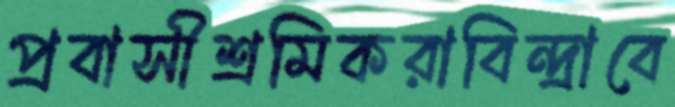
প্রবাসীশ্রমিকরাবিন্দ্রাবে